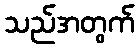
သည်အတွက်